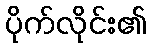
ပိုက်လိုင်း၏